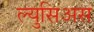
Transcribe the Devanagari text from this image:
ल्युसिअस